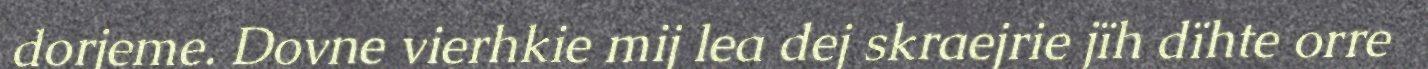
dorjeme. Dovne vierhkie mij lea dej skraejrie jïh dïhte orre